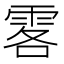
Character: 𩂣